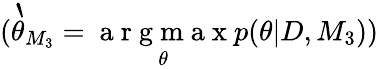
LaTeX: (\grave{\theta}_{M_{3}}=\underset{\theta}{\mathrm{~a~r~g~m~a~x~}}p(\theta|D,M_{3}))